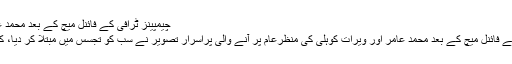
چیمپینز ٹرافی کے فائنل میچ کے بعد محمد عامر اور ویرات
چیمپینز ٹرافی کے فائنل میچ کے بعد محمد عامر اور ویرات کوہلی کی منظرعام پر آنے والی پراسرار تصویر نے سب کو تجسس میں مبتلا کر دیا، کیا کر رہے ہیں؟